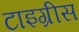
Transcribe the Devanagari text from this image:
टाइग्रीस